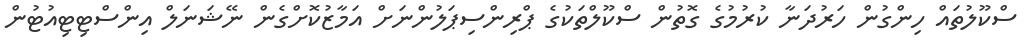
ސްކޫލުތައް ހިންގުން ހަރުދަނާ ކުރުމުގެ ގޮތުން ސްކޫލްތަކުގެ ޕްރިންސިޕަލުންނަށް އަމާޒުކޮށްގެން ނޭޝަނަލް އިންސްޓިޓިއުޓުން